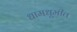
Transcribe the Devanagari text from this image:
धामधूमीत